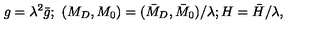
g = \lambda ^ { 2 } \bar { g } ; \ ( M _ { D } , M _ { 0 } ) = ( \bar { M } _ { D } , \bar { M } _ { 0 } ) / \lambda ; H = \bar { H } / \lambda ,